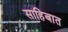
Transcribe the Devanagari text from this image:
साहिबात